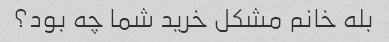
بله خانم مشکل خرید شما چه بود؟